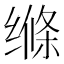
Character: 𮶃